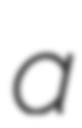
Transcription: a